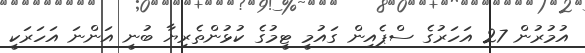
އުމުރުން 27 އަހަރުގެ ސްޕެއިން ގައުމީ ޓީމުގެ ކުޅުންތެރިޔާ ބުނީ އަންނަ އަހަރަކީ